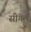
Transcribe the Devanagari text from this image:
सींगल